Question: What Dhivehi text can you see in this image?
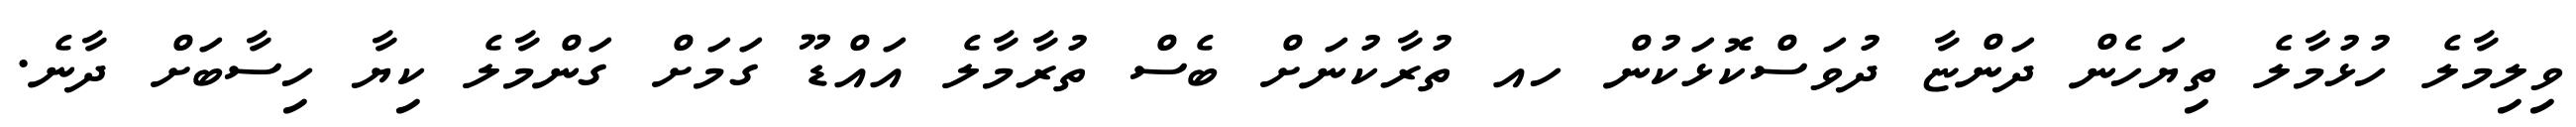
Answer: ވިލިމާލެ ހުޅުމާލެ ތިޔަހެން ދަންޏާ ދުވަސްކޮޅަކުން ހއ ތުރާކުނަށް ބެސް ތުރާމާލެ އައްޑޫ ގަމަށް ގަންމާލެ ކިޔާ ހިސާބަށް ދާނެ.